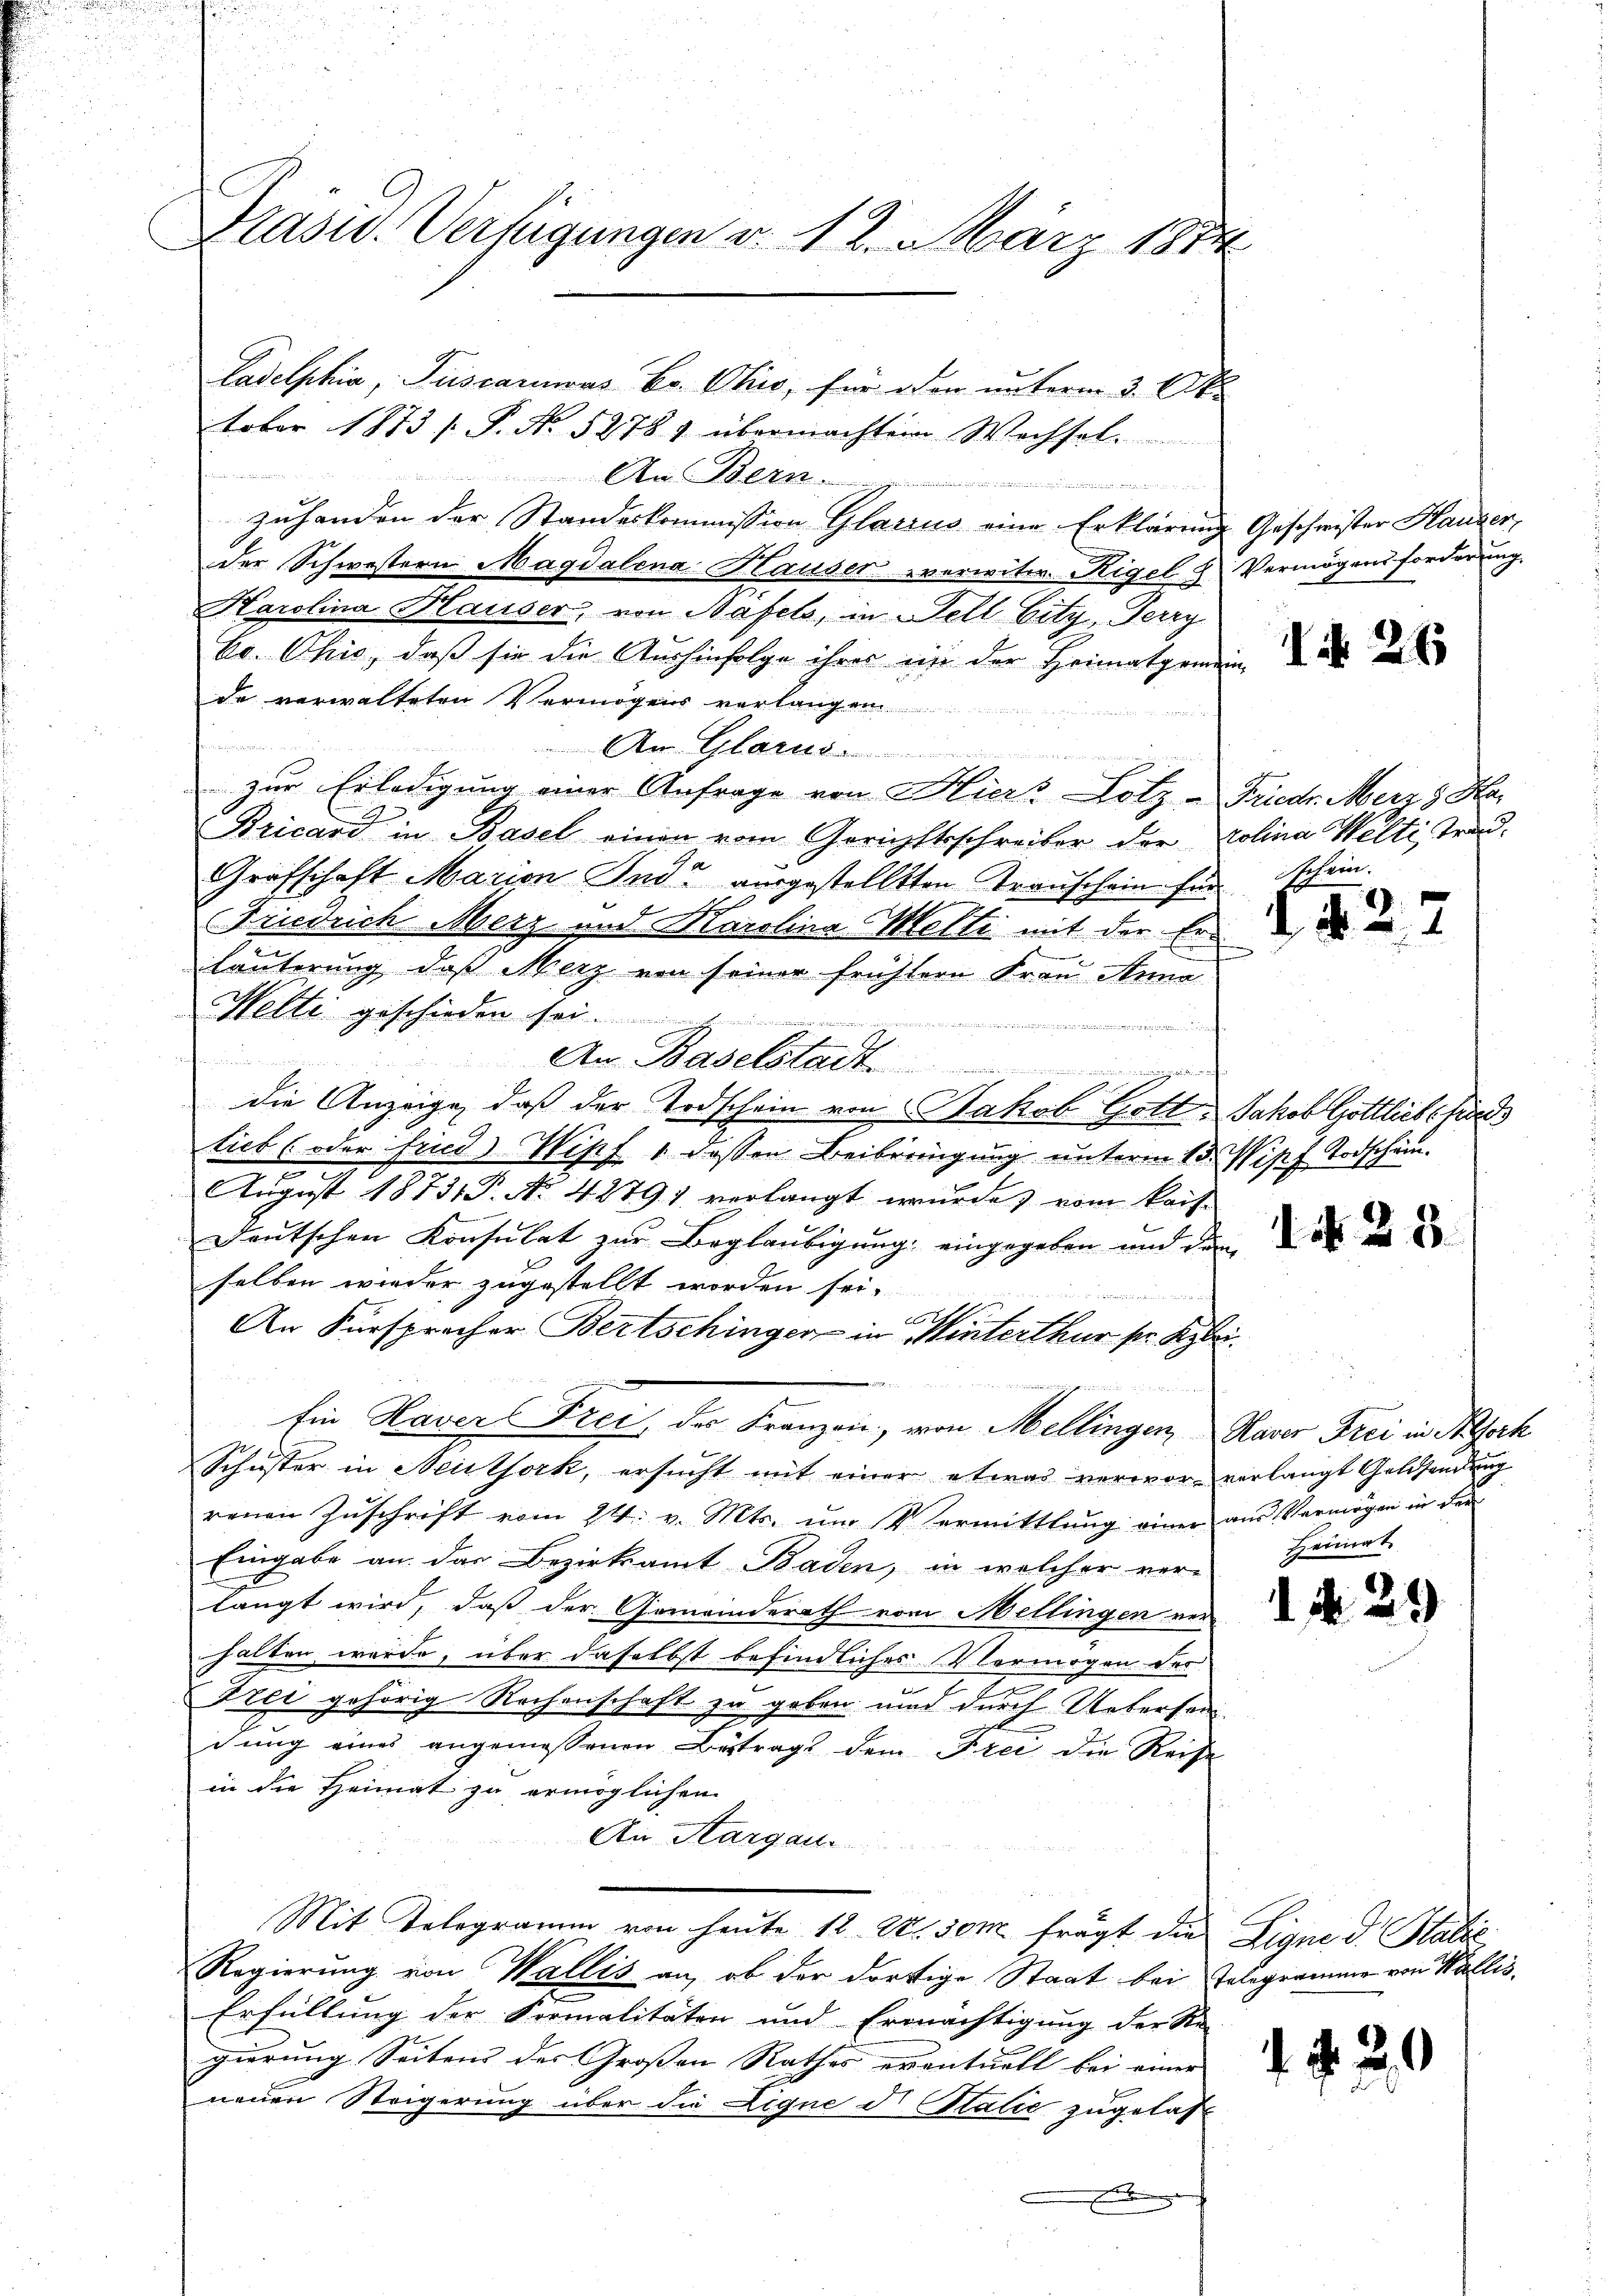
Präsid.. Verfügungen v. 12. März 1874

Cadelphia, Puscarius Dr. Chis, für den unterm 3. Okt

tober 1873 s. S. No. 52784 übermachtem Wechsel.
Aus Bern
er uneinungen

zuhanden der Standeskommission Glarius eine Erklärung Geschwister Hausen,
der Schwestern Magdalena Hauser verwitw. Rigel & Vermögensforderŭng.
Harolina Hauser, von Basels, in Fell bitz, Terry
Co. Ohio, daß sie die Aushinfolge ihres ein der Heimatgemein-
de verwalteten Vermögens verlangen
Am Glarus
zur Erledigung einer Anfrage von Hiers Lotz - Friedr. Merz d. Ka
2
Bricand in Basel einen vom Gerichtsschreiber der Kolina Welti Trad¬
Grafschaft Marien Ind“ ausgestellten Transchein für schein.
Friedrich Merz und Karolina Welti mit der Erläuterung, daß Merz von seiner frühtern Frau Anna
Mette geschieden sol

An Baselstadt
die Anzeige, daß der Todschein von Jakob Gott. Jakob Gottliebekies
lieb (oder Fried Wipf 1 dessen Beiberingung unterm 15. Wipf Todschämd
August 18731 P. No. 42791 verlangt wurde, vom kais-
deutschen Konsulat zur Beglaubigung eingegeben und den den und
selben wieder zugestellt worden sei.
e
An Fürsprecher Bertschinger in Winterthur sie Klei¬

Ein Haver Frei, der Franzen, von Mellingen Haver Frei in Bork
Schuster in Neuthork, ersucht mit einer etwas verwor verlangt Goldsendung
renen Zŭschrift vom 24. v. Mts. ŭm 4. Vermittlung einer aŭs Vermögen in der
Eingabe an das Bezirksamt Baden, in welcher ver-
langt wird, daß der Gemeinderath von Mellingen ver-
halten werde, über daselbst befindliches Vermögen der
Frei gehörig Rochenschaft zu geben und durch Uebersamdung eines angemessenen Betrag dem Frei die Reise
in die Heimat zu ermöglichen
An Aargau.
Mit Telegramm von heute 12 S. 30m frägt die Ligne d Sabić
Regierung von Wallis an, ob der dortige Staat bei Telegramme von Wallis,
Erfüllung der Formalitäten und Ermächtigung der Re-
gierung Seiten der Großen Rathes eventuell bei einer
neuen Steigerung über die Ligne d. Statie zugelas
g

1 § 26

Heimat

1 N. 29

d

B

22

.